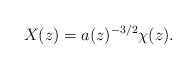
LaTeX: \begin{align*}X(z) = a(z)^{-3/2} \chi(z).\end{align*}